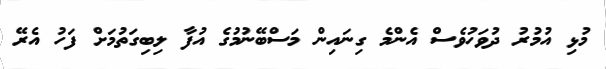
މުޅި އުމުރު ދުވަހުވެސް އެންމެ ގިނައިން މަސްބޭނުމުގެ އުފާ ލިބިގަތުމަށް ފަހު އެރޭ